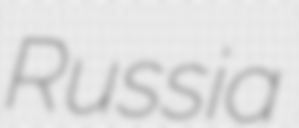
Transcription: Russia